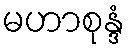
မဟာစုန္ဒံ